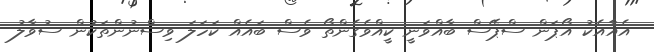
އެއާއެކު އޯޕަން ސްޕޭސް ބާއްވަނީ ކީއްވެގެންތޯ ވެސް ބައެއް ކަހަލަ ވިސްނުންތަކުން ސުވާލު